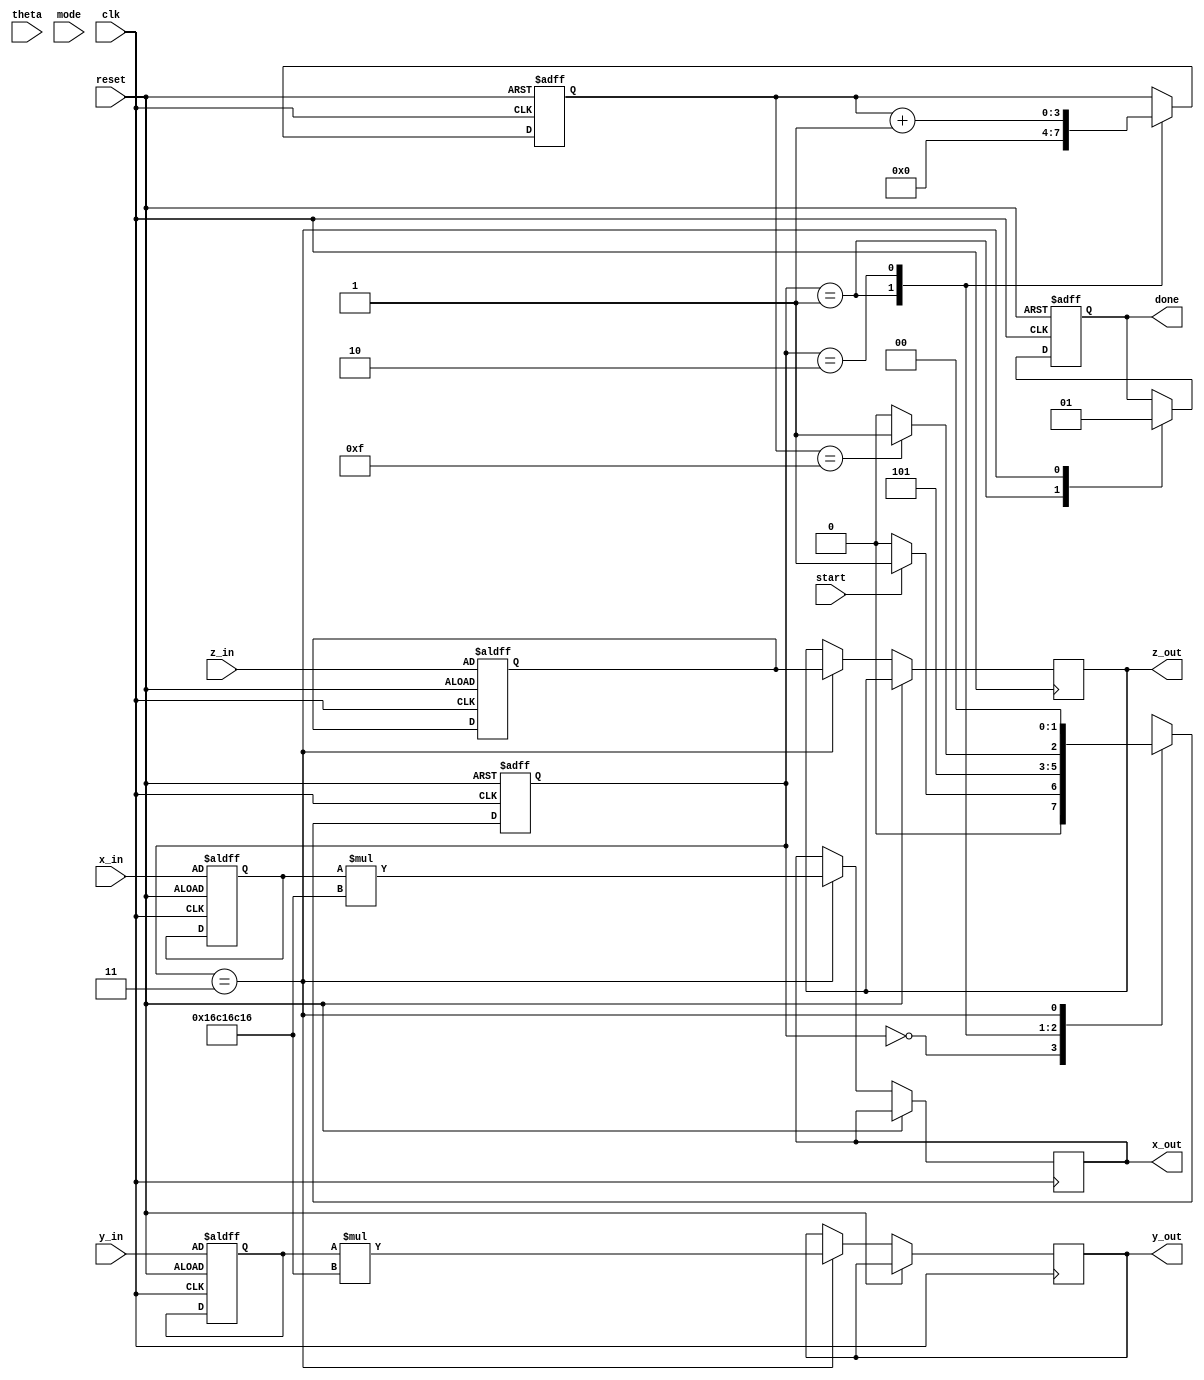
module unified_cordic (
    input wire [31:0] theta,      // Angle input in radians
    input wire [31:0] x_in,       // Initial x-coordinate
    input wire [31:0] y_in,       // Initial y-coordinate
    input wire [31:0] z_in,       // Additional input for hyperbolic functions
    input wire [1:0] mode,        // Operation mode selector (00: rotation, 01: vectoring, 10: hyperbolic)
    input wire start,              // Signal to initiate computation
    input wire clk,                // Clock signal
    input wire reset,              // Asynchronous reset signal
    output reg [31:0] x_out,      // Computed x-coordinate
    output reg [31:0] y_out,      // Computed y-coordinate
    output reg [31:0] z_out,      // Computed value for hyperbolic functions
    output reg done                // Signal indicating completion of operation
);

    // State Encoding for FSM
    parameter IDLE           = 2'b00;
    parameter INIT           = 2'b01;
    parameter COMPUTE        = 2'b10;
    parameter COMPLETE       = 2'b11;

    reg [1:0] state, next_state;
    reg [31:0] x_reg, y_reg, z_reg;
    reg [3:0] iteration_count; // Adjustable depending on desired precision

    // CORDIC gain factor (approximation for 32-bit representation)
    localparam CORDIC_GAIN = 32'h16c16c16; // Adjust for better accuracy

    // FSM for control
    always @(posedge clk or posedge reset) begin
        if (reset) begin
            state <= IDLE;
        end else begin
            state <= next_state;
        end
    end

    always @(*) begin
        case (state)
            IDLE: begin
                if (start) next_state = INIT;
                else next_state = IDLE;
            end
            INIT: begin
                next_state = COMPUTE;
            end
            COMPUTE: begin
                if (iteration_count == 4'b1111) // Example: finish after 16 iterations
                    next_state = COMPLETE;
                else
                    next_state = COMPUTE;
            end
            COMPLETE: begin
                next_state = IDLE; // Return to IDLE after completion
            end
            default: next_state = IDLE;
        endcase
    end

    // CORDIC Calculations
    always @(posedge clk or posedge reset) begin
        if (reset) begin
            x_reg <= x_in;
            y_reg <= y_in;
            z_reg <= z_in;
            iteration_count <= 0;
            done <= 0;
        end else begin
            case (state)
                INIT: begin
                    // Initialization logic can be placed here
                    iteration_count <= 0;
                    done <= 0;
                end
                COMPUTE: begin
                    // CORDIC computation based on mode
                    if (mode == 2'b00) begin // Rotation Mode
                        // Implement rotation mode logic here:
                        // Example: update x_reg and y_reg
                        // Using angle lookup (for simplification, not shown here)
                        // x_reg <= ...;
                        // y_reg <= ...;
                    end
                    else if (mode == 2'b01) begin // Vectoring Mode
                        // Implement vectoring logic here
                        // Example: adjust coordinates to compute angle
                    end
                    else if (mode == 2'b10) begin // Hyperbolic Mode
                        // Implement hyperbolic logic here
                    end

                    // Increment iteration count
                    iteration_count <= iteration_count + 1;
                end
                COMPLETE: begin
                    x_out <= x_reg * CORDIC_GAIN; // Scale output for rotation
                    y_out <= y_reg * CORDIC_GAIN;
                    z_out <= z_reg; // If hyperbolic mode used
                    done <= 1; // Indicate completion
                end
            endcase
        end
    end

endmodule